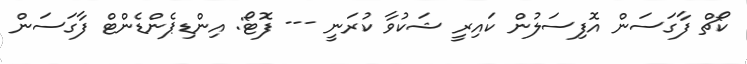
ކޯޗް ފާގަސަން އޮފިސަލުން ކައިރީ ޝަކުވާ ކުރަނީ --- ފޮޓޯ: އިންޑިޕެންޑެންޓް ފާގަސަން